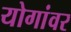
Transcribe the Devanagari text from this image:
योगांवर